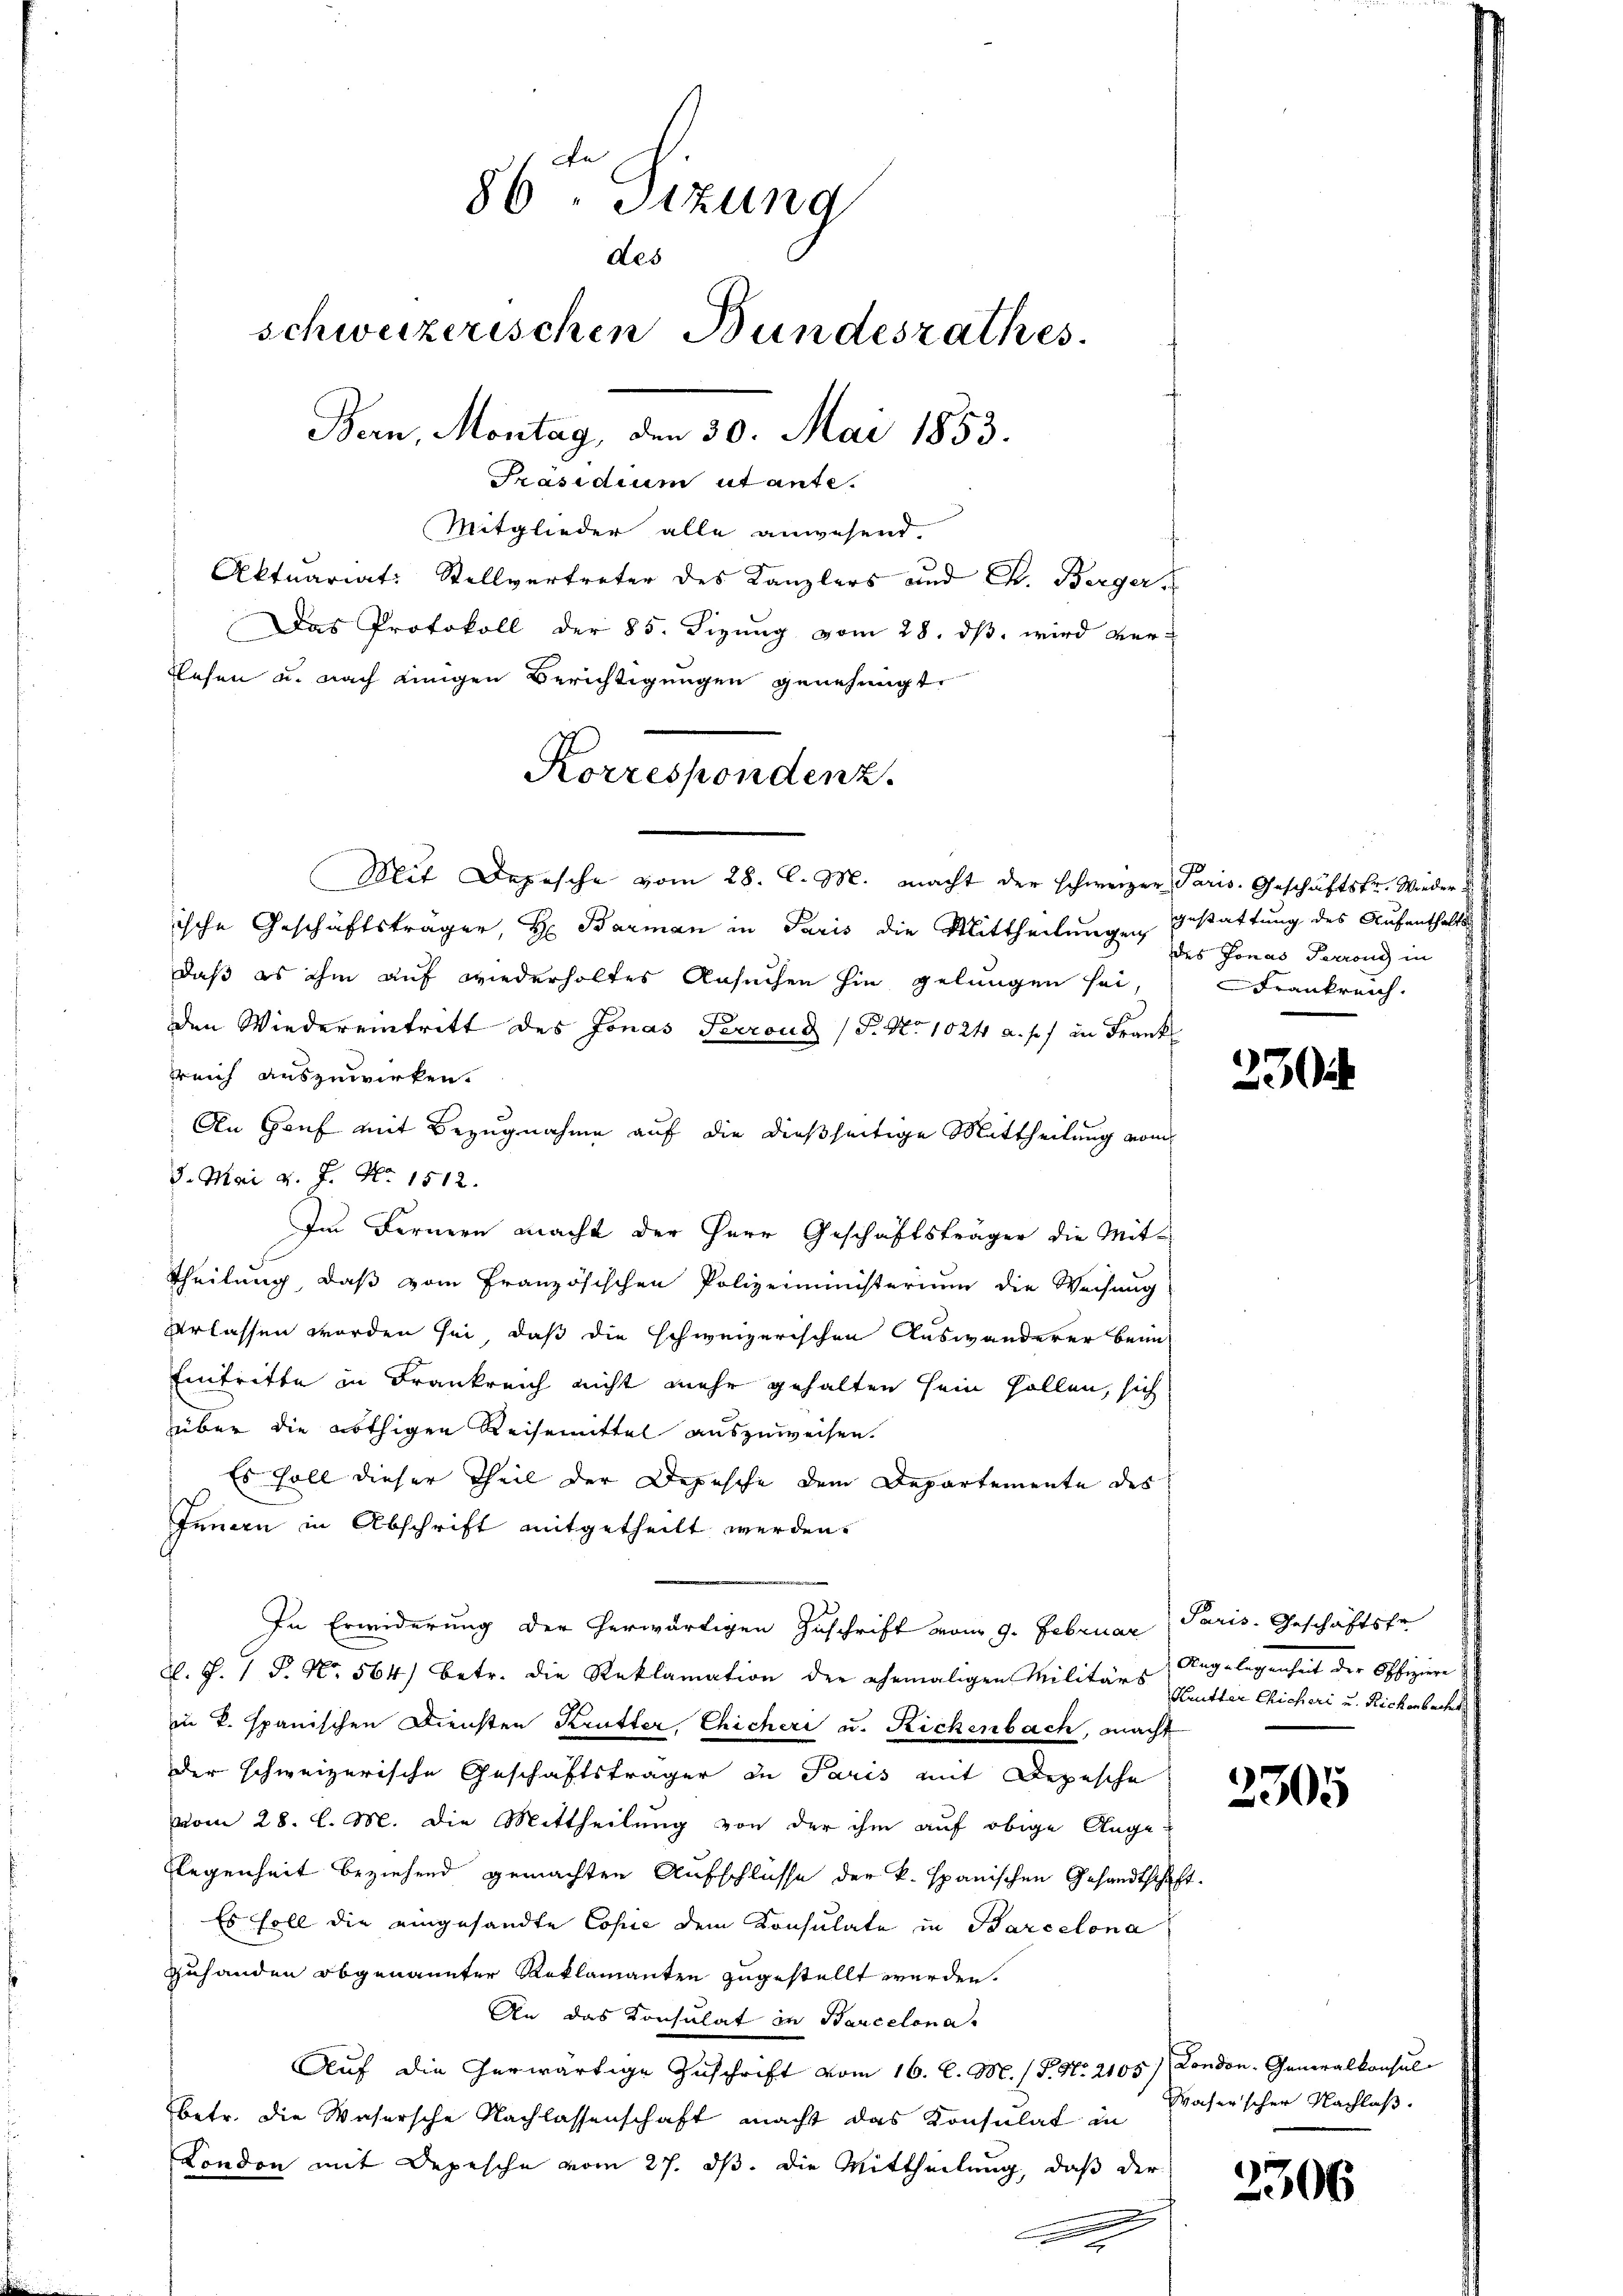
Mit Depesche vom 28. C. M. macht der schweizer Paris. Geschäftsfr. Wieder u.
ische Geschäftsträger, H. Barman in Paris die Mittheilungen gestattung des Aufenthalts
daß es ihm auf wiederholtes Ansuchen hin gelungen sei
den Wiedereintritt des Jonas Perrond (T. No 1024 a. p.) in Frank
reich auszuwirken.
An Gruf mit Bezugnahme auf die dießseitige Mittheilung vom
3. Mai d. J. No. 1512.
Im Fernern macht der Herr Geschäftsträger die Mit-
Theilung, daß vom Französischen Polizeiministerium die Weisung
verlassen worden sei, daß die schweizerischen Auswanderer beim
Eintritte in Frankreich nicht mehr gehalten sein Hallen, sich
über die nöthigen Reisemittel auszuweisen.
Es soll dieser Theil der Depesche dem Departemente des
Innern in Abschrift mitgetheilt werden.
In Erwiderung der herwärtigen Zuschrift vom 9. Februar Paris. Geschäftsfr
A. J. 1 P. Nr. 564) betr. die Reklamation der ehemaligen Militärs Angelegenheit der Offiziere
in T. spanischen Diensten Krutter, Chicheri u. Richenbach, macht
der schweizerische Geschäftsträger in Paris mit Depesche
vom 28. l. M. die Mittheilung von der ihm auf obige Ange¬
Elegenheit beziehend gemachten Aufschlusse der k. spanischen Gesandtschaft.
Es soll die eingesandte Copie dem Consulate in Barcelona
Zuhanden obgenannter Reklamanten zugestellt werden.
An das Konsulat in Barcelona
Auf die herwärtige Zuschrift vom 16. l. M. / P. Nr. 2105) London. Generalkonsul
betr. die Wasersche Nachlassenschaft macht das Konsulat in
London mit Depesche vom 27. ds. die Mittheilung, daß der

Das Protokoll der 85. Sizung vom 28. dβ wird ver-
rlesen u. nach einigen Berichtigungen genehmigt.
Korrespondenz.

86. Sitzung
des
schweizerischen Bundesrathes
Ban, Montag, den 50. Mai 1853.
Präsidium utante.
Mitglieder alle anwesend.
Aktuariat: Stellvertreter des Kanzlers und Ch. Berger

des Jonas Perrons in
Frankreich.

23

Kutter Chicheri u. Richenbacht

2305

Waserscher Nachlaß.

2306